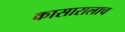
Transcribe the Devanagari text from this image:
कासारालाच